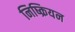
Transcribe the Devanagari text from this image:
निष्क्रियन